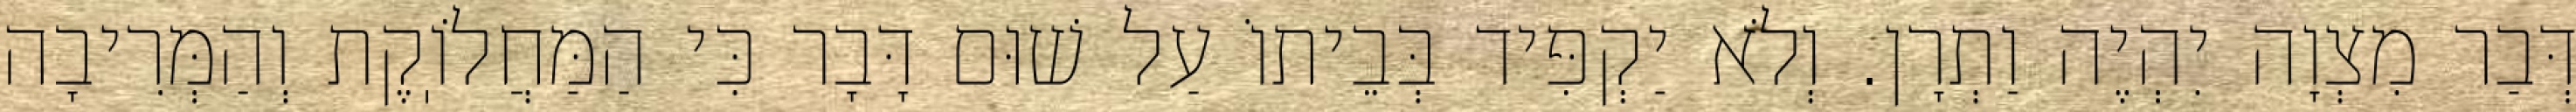
דְּבַר מִצְוָה יִהְיֶה וַתְרָן. וְלֹא יַקְפִּיד בְּבֵיתוֹ עַל שׁוּם דָּבָר כִּי הַמַּחֲלֹוֽקֶת וְהַמְּרִיבָה